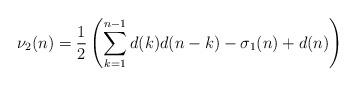
LaTeX: \begin{align*} \nu_2(n) = \frac{1}{2}\left(\sum_{k=1}^{n-1} d(k)d(n-k) - \sigma_1(n) + d(n) \right)\end{align*}